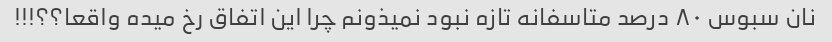
نان سبوس ٨٠ درصد متاسفانه تازه نبود نمیذونم چرا این اتفاق رخ میده واقعا؟؟!!!